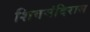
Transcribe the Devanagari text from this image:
शिवमंदिरास